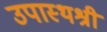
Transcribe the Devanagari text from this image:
उपास्थश्री